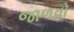
જાળવો